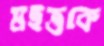
মহত্তকে